Vaccination in Bombay 1913-1923 - 1913-1923
Year: 1913
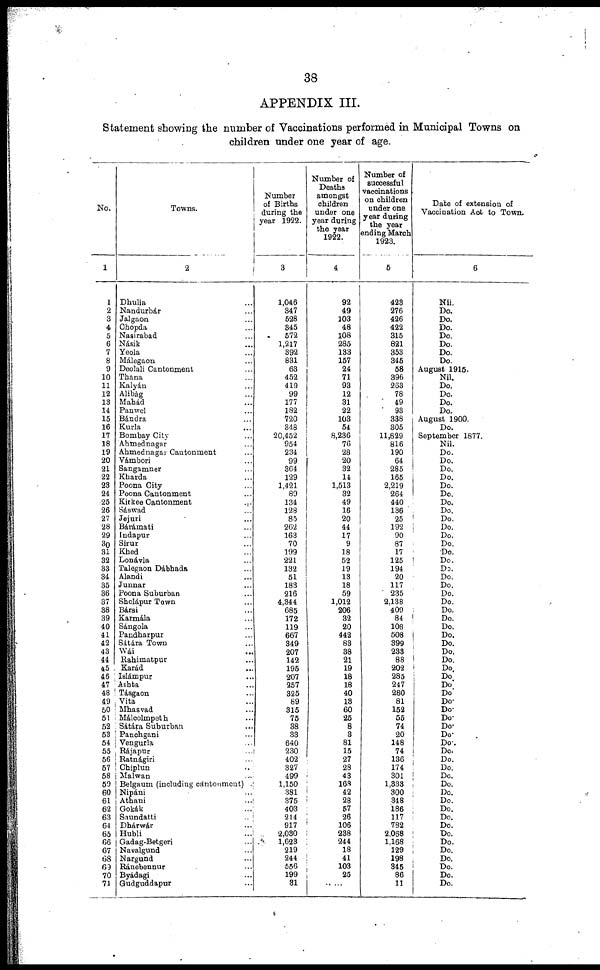
38
APPENDIX III.
Statement showing the number of Vaccinations performed in Municipal Towns on
children under one year of age.
No.
1
1
2
3
4
5
6
7
8
9
10
11
12
13
14
15
16
17
18
19
20
21
22
23
24
25
26
27
28
29
30
31
32
33
34
35
36
37
38
39
40
41
42
43
44
45
46
47
48
49
50
51
52
53
54
55
56
57
58
59
60
61
62
63
64
65
66
67
68
69
70
71
Towns.
2
Dhulia ...
Nandurbár ...
Jalgaon ...
Chopda ...
Nasirabad ...
Násik ...
Yeola ...
Málegaon ...
Deolali Cantonment ...
Thana ...
Kalyán ...
Alibàg ...
Mahád ...
Panwel ...
Bándra ...
Kurla ...
Bombay City ...
Ahmednagar ...
Ahmednagar Cantonment ...
Vámbori ...
Sangamner ...
Kharda ...
Poona City ...
Poona Cantonment ...
Kirkee Cantonment ...
Sáswad ...
Jejuri ...
Bárámati ...
Indapur ...
Sirur ...
Khed ...
Lonávla ...
Talegaon Dábhada ...
Alandi ...
Junnar ...
Poona Suburban ...
Sholápur Town ...
Bársi ...
Karmála ...
Sángola ...
Pandharpur ...
Sátára Town ...
Wái ...
Rahimatpur ...
Karád ...
Islámpur ...
Ashta ...
Tásgaon ...
Vita ...
Mhasvad ...
Máloolmpeth ...
Satára Suburban ...
Panchgani ...
Vengurla ...
Rájapur ...
Ratnágiri ...
Chiplun ...
Malwan ...
Belgaum (including cantonment) .
Nipáni ...
Athani ...
Gokák ...
Saundatti ...
Dhárwár ...
Hubli ...
Gadag-Betgeri ...
Navalgund ...
Nargund ...
Ránebennur ...
Byádagi ...
Gudguddapur ...
Number
of Births
during the
year 1922.
3
1,046
347
528
345
572
1,217
392
831
63
452
419
99
177
182
720
348
20,452
954
234
99
364
129
1,421
89
134
128
85
262
163
70
199
221
132
51
183
216
4,344
685
172
119
667
349
207
142
195
207
257
325
89
315
75
38
33
640
230
402
327
499
1,150
381
375
403
214
917
2,030
1,623
219
244
556
199
31
Number of
Deaths
amongst
children
under one
year during
the year
1922.
4
92
49
103
48
108
285
133
157
24
71
93
12
31
22
103
54
8,236
76
28
20
32
14
1,513
32
49
16
20
44
17
9
18
52
19
13
18
59
1,012
206
32
20
442
83
38
21
19
18
18
40
13
60
25
8
3
81
15
27
28
43
163
42
28
57
26
106
238
244
18
41
103
25
.....
Number of
successful
vaccinations
on children
under one
year during
the year
ending March
1923.
5
423
276
426
422
315
821
353
345
58
396
263
78
49
93
338
305
11,829
816
190
64
285
165
2,219
264
440
136
25
192
90
87
17
125
194
20
117
235
2,138
409
84
108
508
399
233
88
202
285
247
280
81
152
55
74
20
148
74
136
174
301
1,333
300
348
186
117
782
2,068
1,168
129
198
345
86
11
Date of extension of
Vaccination Act to Town.
6
Nil.
Do.
Do.
Do.
Do.
Do.
Do.
Do.
August 1915.
Nil.
Do.
Do.
Do.
Do.
August 1900.
Do.
September 1877.
Nil.
Do.
Do.
Do.
Do.
Do.
Do.
Do.
Do.
Do.
Do.
Do.
Do.
Do.
Do.
Do.
Do.
Do.
Do.
Do.
Do.
Do.
Do.
Do.
Do.
Do.
Do.
Do.
Do.
Do.
Do.
Do.
Do.
Do.
Do.
Do.
Do.
Do.
Do.
Do.
Do.
Do.
Do.
Do.
Do.
Do.
Do.
Do.
Do.
Do.
Do.
Do.
Do.
Do.